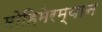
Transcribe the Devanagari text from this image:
मोहिमेरम्यान